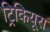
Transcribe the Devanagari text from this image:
ट्रिकियूरा